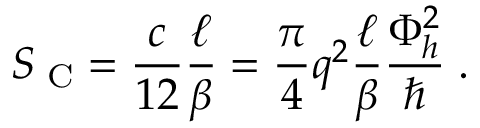
S _ { \mathrm { \scriptsize ~ C } } = \frac { c } { 1 2 } \frac { \ell } { \beta } = \frac { \pi } { 4 } q ^ { 2 } \frac { \ell } { \beta } \frac { \Phi _ { h } ^ { 2 } } { \hbar } \; .